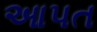
આપત